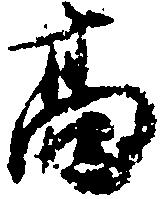
高